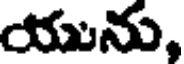
యును,